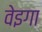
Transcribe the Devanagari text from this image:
वेइगा